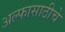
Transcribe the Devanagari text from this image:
अल्फासाठीचे